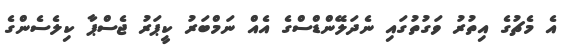
އެ މެޗުގެ އިތުރު ވަގުތުގައި ނެދަލޭންޑްސްގެ އެއް ނަމްބަރު ކީޕަރު ޖެސްޕާ ކިލެސެންގެ